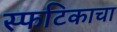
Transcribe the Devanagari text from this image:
स्फटिकाचा